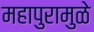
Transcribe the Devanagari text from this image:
महापुरामुळे